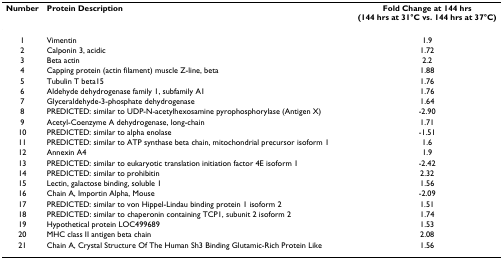
| Number | Protein Description | Fold Change at 144 hrs (144 hrs at 31°C vs. 144 hrs at 37°C) |
 | --- | --- | --- |
 | 1 | Vimentin | 1.9 |
 | 2 | Calponin 3, acidic | 1.72 |
 | 3 | Beta actin | 2.2 |
 | 4 | Capping protein (actin filament) muscle Z-line, beta | 1.88 |
 | 5 | Tubulin T beta15 | 1.76 |
 | 6 | Aldehyde dehydrogenase family 1, subfamily A1 | 1.76 |
 | 7 | Glyceraldehyde-3-phosphate dehydrogenase | 1.64 |
 | 8 | PREDICTED: similar to UDP-N-acetylhexosamine pyrophosphorylase (Antigen X) | -2.90 |
 | 9 | Acetyl-Coenzyme A dehydrogenase, long-chain | 1.71 |
 | 10 | PREDICTED: similar to alpha enolase | -1.51 |
 | 11 | PREDICTED: similar to ATP synthase beta chain, mitochondrial precursor isoform 1 | 1.6 |
 | 12 | Annexin A4 | 1.9 |
 | 13 | PREDICTED: similar to eukaryotic translation initiation factor 4E isoform 1 | -2.42 |
 | 14 | PREDICTED: similar to prohibitin | 2.32 |
 | 15 | Lectin, galactose binding, soluble 1 | 1.56 |
 | 16 | Chain A, Importin Alpha, Mouse | -2.09 |
 | 17 | PREDICTED: similar to von Hippel-Lindau binding protein 1 isoform 2 | 1.51 |
 | 18 | PREDICTED: similar to chaperonin containing TCP1, subunit 2 isoform 2 | 1.74 |
 | 19 | Hypothetical protein LOC499689 | 1.53 |
 | 20 | MHC class II antigen beta chain | 2.08 |
 | 21 | Chain A, Crystal Structure Of The Human Sh3 Binding Glutamic-Rich Protein Like | 1.56 |